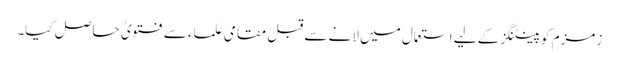
زمزم کو پینٹنگز کے لیے استعمال میں لانے سے قبل مقامی علماء سے فتویٰ حاصل کیا۔